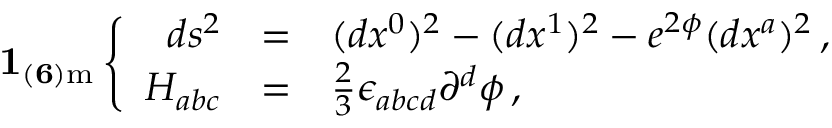
{ \bf 1 _ { ( 6 ) \mathrm { m } } } \left\{ \begin{array} { r c l } { { d s ^ { 2 } } } & { { = } } & { { ( d x ^ { 0 } ) ^ { 2 } - ( d x ^ { 1 } ) ^ { 2 } - e ^ { 2 { \phi } } ( d x ^ { a } ) ^ { 2 } \, , } } \\ { { { H } _ { a b c } } } & { { = } } & { { { \textstyle \frac { 2 } { 3 } } \epsilon _ { a b c d } \partial ^ { d } { \phi } \, , } } \end{array} \right.